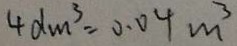
4 d m ^ { 3 } = 0 . 0 4 m ^ { 3 }